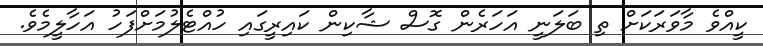
ކީއްވެ މާވަރަކަށް ތި ބަލަނީ އަހަރެން ގޮސް ޝާކިން ކައިރީގައި ހުއްޓެލުމަށްފަހު އަހާލީމެވެ.